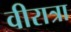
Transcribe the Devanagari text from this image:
वीरात्रा